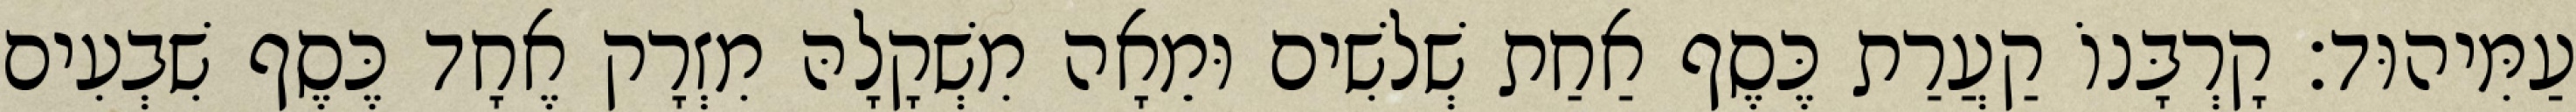
עַמִּיהוּד׃ קָרְבָּנוֹ קַעֲרַת כֶּסֶף אַחַת שְׁלשִׁים וּמֵאָה מִשְׁקָלָהּ מִזְרָק אֶחָד כֶּסֶף שִׁבְעִים